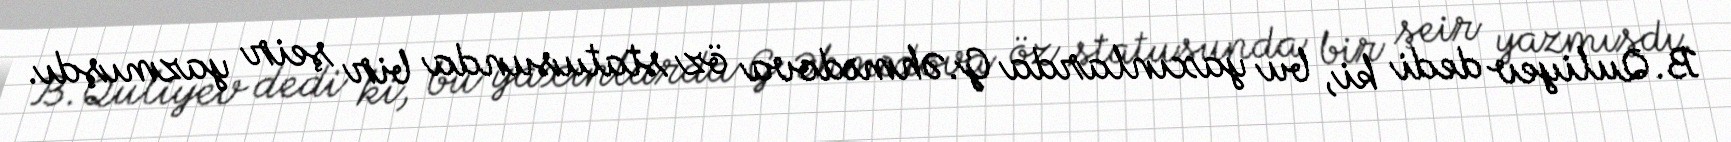
B.Quliyev dedi ki, bu yaxınlarda G.Əhmədova öz statusunda bir şeir yazmışdı.